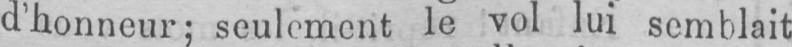
d’honneur; seulement le vol lui semblait